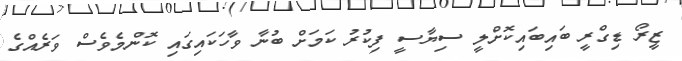
ޒީރޯ ޑިގްރީ ބައިބައިކޮށްލީ ސިޔާސީ ފިކުރު ކަމަށް ބުނާ ވާހަކައިގައި ކޮންމެވެސް ވަރެއްގެ